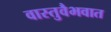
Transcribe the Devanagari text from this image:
वास्तुवैभवात